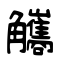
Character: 觿